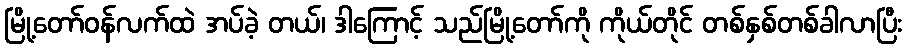
မြို့တော်ဝန်လက်ထဲ အပ်ခဲ့ တယ်၊ ဒါကြောင့် သည်မြို့တော်ကို ကိုယ်တိုင် တစ်နှစ်တစ်ခါလာပြီး